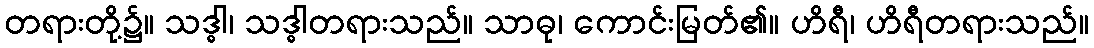
တရားတို့၌။ သဒ္ဓါ၊ သဒ္ဓါတရားသည်။ သာဓု၊ ကောင်းမြတ်၏။ ဟိရီ၊ ဟိရီတရားသည်။